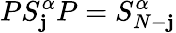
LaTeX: PS_{\mathbf{j}}^{\alpha}P=S_{N-\mathbf{j}}^{\alpha}